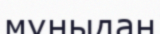
мұныдан